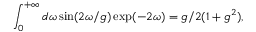
\int _ { 0 } ^ { + \infty } d \omega \sin ( 2 \omega / g ) \exp ( - 2 \omega ) = g / 2 ( 1 + g ^ { 2 } ) ,